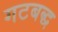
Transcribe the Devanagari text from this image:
गटबद्ध